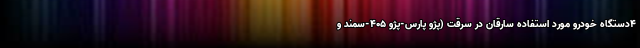
۴دستگاه خودرو مورد استفاده سارقان در سرقت (پژو پارس-پژو ۴۰۵-سمند و